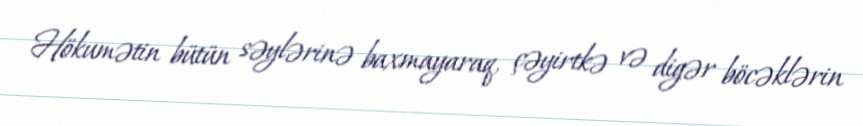
Hökumətin bütün səylərinə baxmayaraq, çəyirtkə və digər böcəklərin